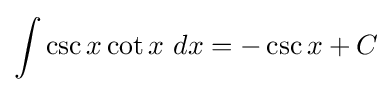
\int \csc {x}\cot {x}\ dx=-\csc {x}+C